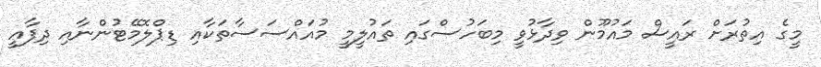
މީގެ އިތުރަށް ރައީސް މައުމޫން ވިދާޅުވީ މިބަހުސްގައި ތައުލީމީ މުއައްސަސާތަކާއި ޑިޕްލޮމޭޓުންނާއި ދިފާއީ